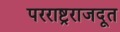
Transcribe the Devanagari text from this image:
परराष्ट्रराजदूत